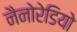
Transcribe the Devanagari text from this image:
नैनोरेडियो